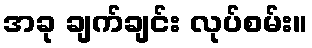
အခု ချက်ချင်း လုပ်စမ်း။